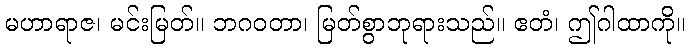
မဟာရာဇ၊ မင်းမြတ်။ ဘဂဝတာ၊ မြတ်စွာဘုရားသည်။ ဧတံ၊ ဤဂါထာကို။